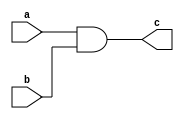
module and_gate_level(c,a,b);
    output c;
    input a,b;
    and G1(c,a,b);
endmodule

// testbench for and gate

module test_and_gate_level();
    wire c;
    reg a,b;
    and_gate_level g(c,a,b);
    initial
 	begin
	    a=0;b=0;
	    #100 a=1;b=0;
	    #100 a=0;b=1;
	    #100 a=1;b=1;
	end
endmodule